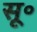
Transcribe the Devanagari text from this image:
सू॰